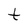
Character: t